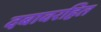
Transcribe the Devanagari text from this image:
दबावरहित